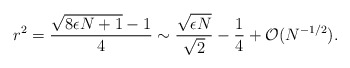
\begin{align*}r^2 = \frac{\sqrt{8 \epsilon N + 1}-1}{4} \sim\frac{ \sqrt{\epsilon N}}{ \sqrt{2}} -\frac{1}{4} +{\cal O} (N^{-1/2}).\end{align*}